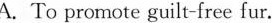
A. To promote guilt-free fur.